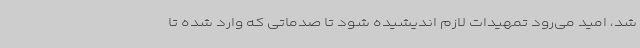
شد، امید می‌رود تمهیدات لازم اندیشیده شود تا صدماتی که وارد شده تا